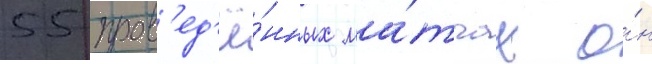
55 пров'ед'ё́нных ма́тчах о́н